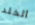
الخلد